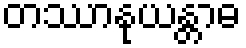
တဿာနုယန္တာဓ